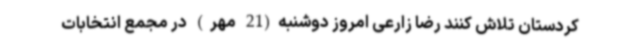
کردستان تلاش کنند رضا زارعی امروز دوشنبه(21 مهر) در مجمع انتخابات